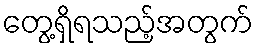
တွေ့ရှိရသည့်အတွက်